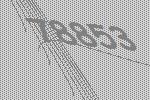
78853